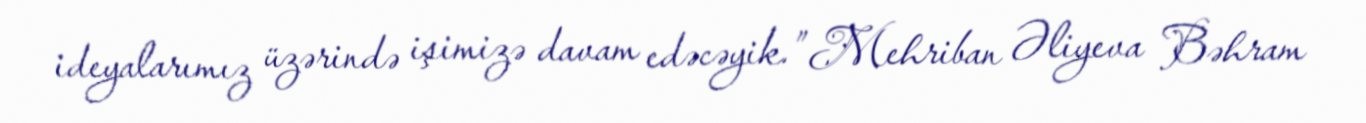
ideyalarımız üzərində işimizə davam edəcəyik.” Mehriban Əliyeva Bəhram